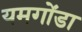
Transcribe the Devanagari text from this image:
यमगोंडा